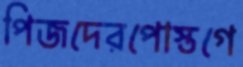
পিজদেরপোস্তগে